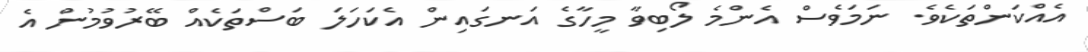
އެއްކަންތަކެވެ. ނަމަވެސް އެންމެ ލޯބިވާ މީހާގެ އަނގައިން އެކަހަލަ ބަސްތަކެއް ބޭރުވުމުން އެ